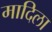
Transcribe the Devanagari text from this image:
मादिला